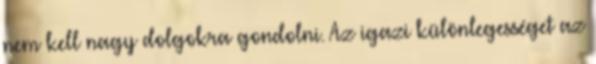
nem kell nagy dolgokra gondolni. Az igazi különlegességet az